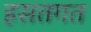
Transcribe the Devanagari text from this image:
हसतगत